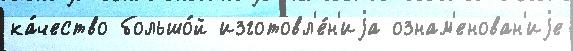
ка́чество большо́й изготовл'е́н'иjа ознам'енован'иjе